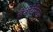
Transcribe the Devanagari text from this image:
सैनीटेरियम